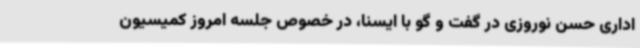
اداری حسن نوروزی در گفت و گو با ایسنا، در خصوص جلسه امروز کمیسیون